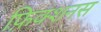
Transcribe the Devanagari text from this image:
फ़िक्शनस